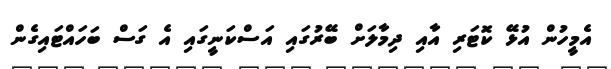
އެމީހުން އުޅޭ ކޮޓަރި އާއި ދިމާލަށް ބޭރުގައި އަސްކަނީގައި އެ ގަސް ބަހައްޓައިގެން